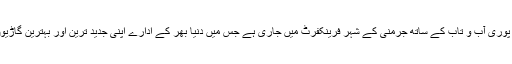
یہ میلہ اس وقت اپنی پوری آب و تاب کے ساتھ جرمنی کے شہر فرینکفرٹ میں جاری ہے جس میں دنیا بھر کے ادارے اپنی جدید ترین اور بہترین گاڑیوں کے ساتھ جمع ہیں۔